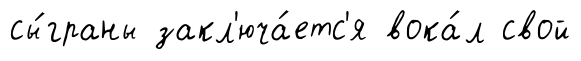
сы́граны закл'юча́етс'я вока́л свой